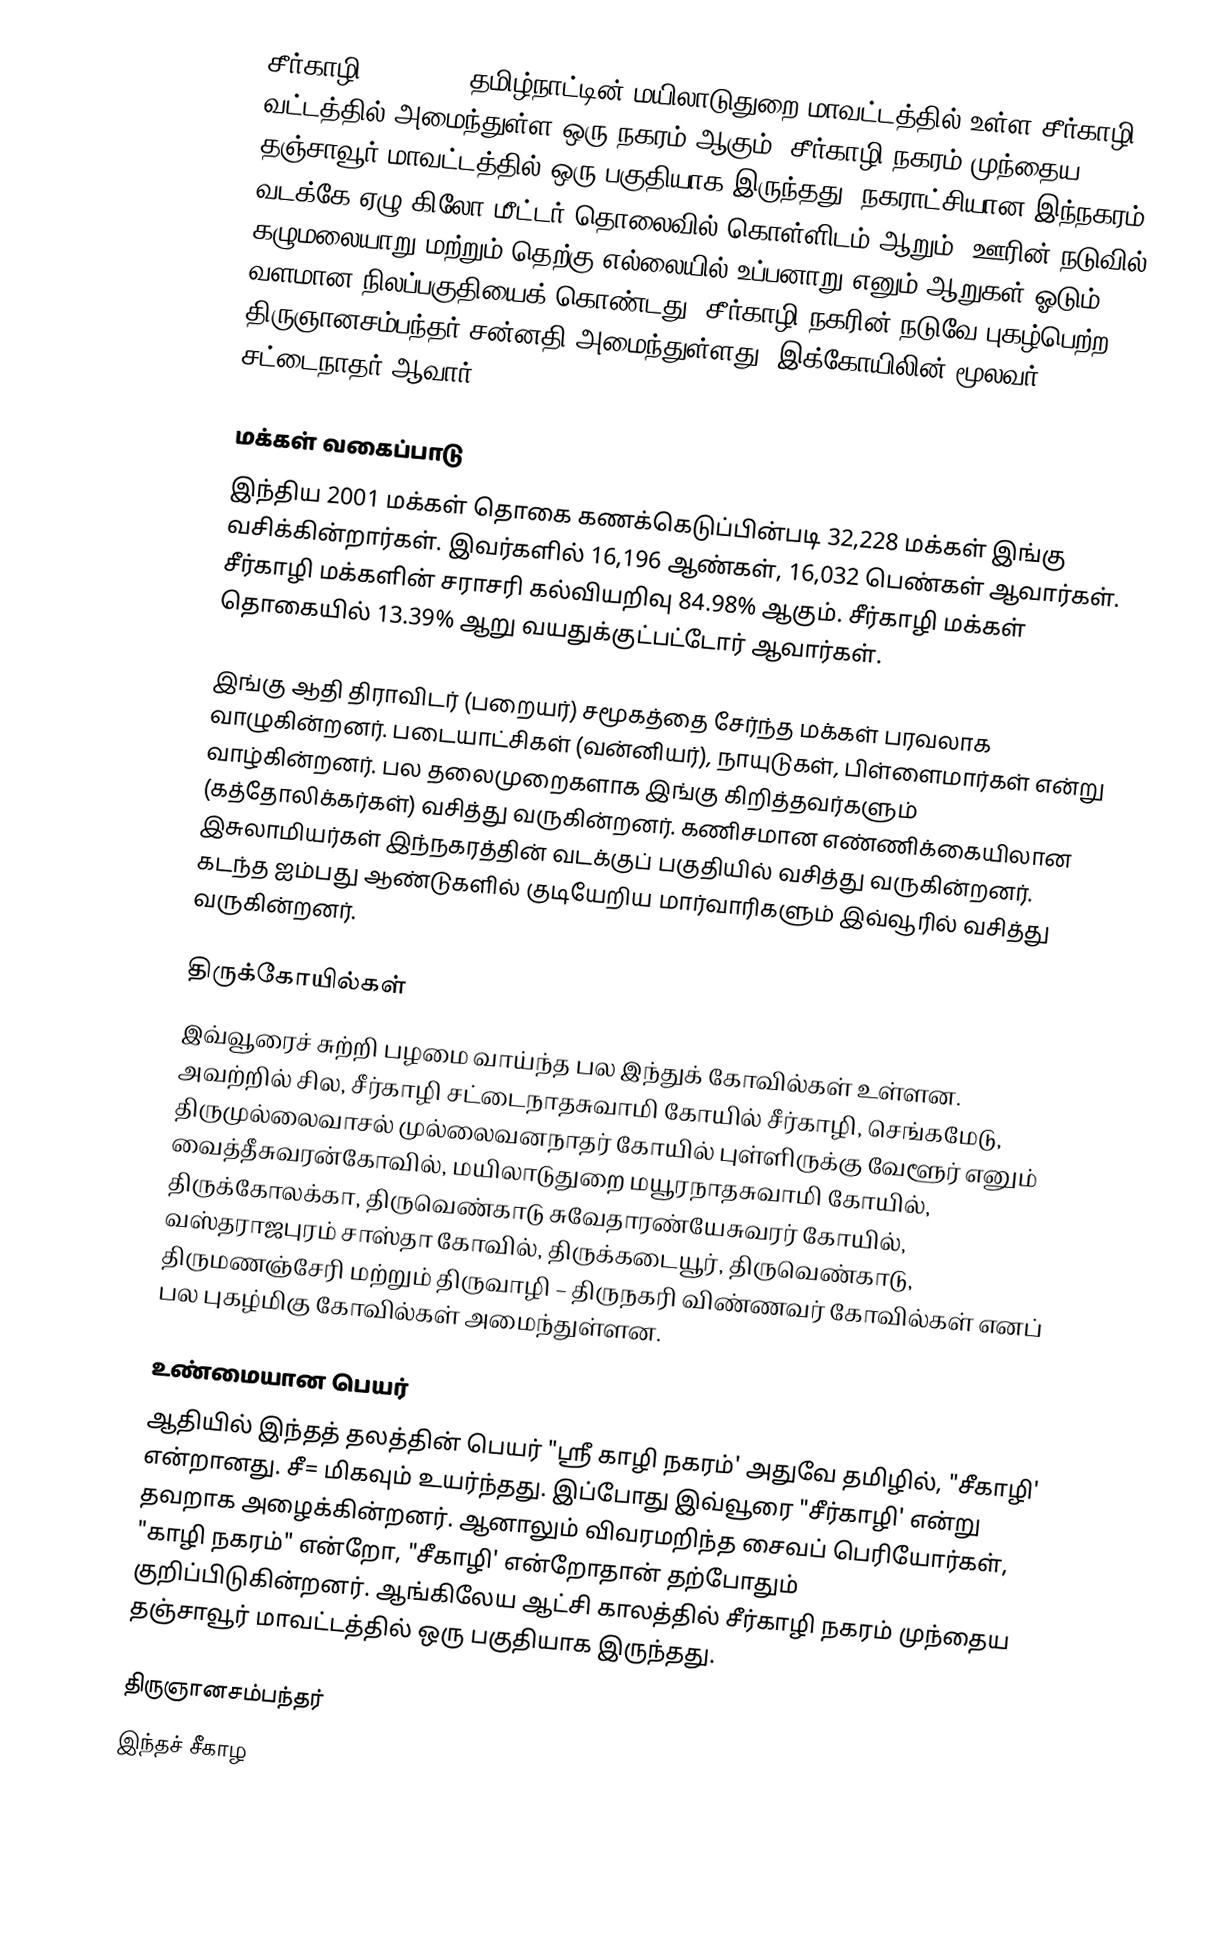
சீர்காழி (Sirkali) தமிழ்நாட்டின் மயிலாடுதுறை மாவட்டத்தில் உள்ள சீர்காழி வட்டத்தில் அமைந்துள்ள ஒரு நகரம் ஆகும். சீர்காழி நகரம் முந்தைய தஞ்சாவூர் மாவட்டத்தில் ஒரு பகுதியாக இருந்தது.  நகராட்சியான இந்நகரம், வடக்கே ஏழு கிலோ மீட்டர் தொலைவில் கொள்ளிடம் ஆறும், ஊரின் நடுவில் கழுமலையாறு மற்றும் தெற்கு எல்லையில் உப்பனாறு எனும் ஆறுகள் ஓடும் வளமான நிலப்பகுதியைக் கொண்டது. சீர்காழி நகரின் நடுவே புகழ்பெற்ற திருஞானசம்பந்தர் சன்னதி அமைந்துள்ளது. இக்கோயிலின் மூலவர் சட்டைநாதர் ஆவார்

மக்கள் வகைப்பாடு
இந்திய 2001 மக்கள் தொகை கணக்கெடுப்பின்படி 32,228 மக்கள் இங்கு வசிக்கின்றார்கள். இவர்களில் 16,196 ஆண்கள், 16,032 பெண்கள் ஆவார்கள். சீர்காழி மக்களின் சராசரி கல்வியறிவு 84.98% ஆகும். சீர்காழி மக்கள் தொகையில் 13.39% ஆறு வயதுக்குட்பட்டோர் ஆவார்கள்.

இங்கு ஆதி திராவிடர் (பறையர்) சமூகத்தை சேர்ந்த மக்கள் பரவலாக வாழுகின்றனர்.  படையாட்சிகள்  (வன்னியர்), நாயுடுகள், பிள்ளைமார்கள் என்று வாழ்கின்றனர்.   பல தலைமுறைகளாக இங்கு கிறித்தவர்களும் (கத்தோலிக்கர்கள்) வசித்து வருகின்றனர். கணிசமான எண்ணிக்கையிலான இசுலாமியர்கள் இந்நகரத்தின் வடக்குப் பகுதியில் வசித்து வருகின்றனர். கடந்த ஐம்பது ஆண்டுகளில் குடியேறிய மார்வாரிகளும் இவ்வூரில் வசித்து வருகின்றனர்.

திருக்கோயில்கள்
இவ்வூரைச் சுற்றி பழமை வாய்ந்த பல இந்துக் கோவில்கள் உள்ளன. அவற்றில் சில, சீர்காழி சட்டைநாதசுவாமி கோயில் சீர்காழி, செங்கமேடு, திருமுல்லைவாசல் முல்லைவனநாதர் கோயில் புள்ளிருக்கு வேளூர் எனும் வைத்தீசுவரன்கோவில், மயிலாடுதுறை மயூரநாதசுவாமி கோயில், திருக்கோலக்கா, திருவெண்காடு சுவேதாரண்யேசுவரர் கோயில், வஸ்தராஜபுரம் சாஸ்தா கோவில், திருக்கடையூர், திருவெண்காடு, திருமணஞ்சேரி மற்றும் திருவாழி – திருநகரி விண்ணவர் கோவில்கள் எனப் பல புகழ்மிகு கோவில்கள் அமைந்துள்ளன.

உண்மையான பெயர்
ஆதியில் இந்தத் தலத்தின் பெயர் "ஸ்ரீ காழி நகரம்' அதுவே தமிழில், "சீகாழி' என்றானது. சீ= மிகவும் உயர்ந்தது. இப்போது இவ்வூரை "சீர்காழி' என்று தவறாக அழைக்கின்றனர். ஆனாலும் விவரமறிந்த சைவப் பெரியோர்கள், "காழி நகரம்" என்றோ, "சீகாழி' என்றோதான் தற்போதும் குறிப்பிடுகின்றனர். ஆங்கிலேய ஆட்சி காலத்தில் சீர்காழி நகரம் முந்தைய தஞ்சாவூர் மாவட்டத்தில் ஒரு பகுதியாக இருந்தது.

திருஞானசம்பந்தர்
இந்தச் சீகாழ